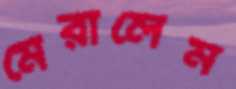
মেরালেম